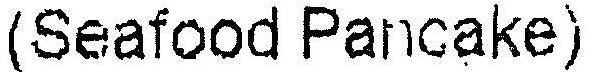
(SEAFOOD PANCAKE)